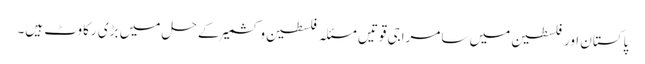
پاکستان اور فلسطین میں سامراجی قوتیں مسئلہ فلسطین و کشمیر کے حل میں بڑی رکاوٹ ہیں۔